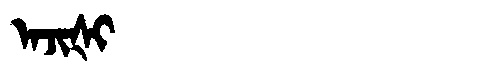
Manchu: ᠠᠵᡳᡧᡳ
Romanization: AJIŠI